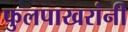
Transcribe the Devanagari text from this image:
फुलपाखरांनी